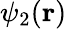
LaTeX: \psi_{2}(\mathbf{r})